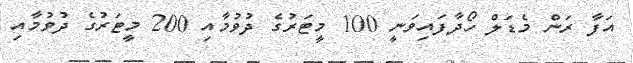
އަފާ ރަން މެޑަލް ހޯދާފައިވަނީ 100 މީޓަރުގެ ދުވުމާއި 200 މީޓަރުގެ ދުވުމާއި